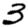
Digit: 3